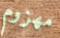
مهزوم